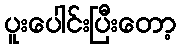
ပူးပေါင်းပြီးတော့